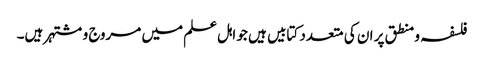
فلسفہ و منطق پر ان کی متعدد کتابیں ہیں جو اہل علم میں مروج و مشتہر ہیں۔